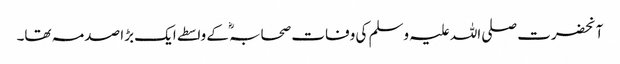
آنحضرت صلی اللہ علیہ وسلم کی وفات صحابہؓ کے واسطے ایک بڑا صدمہ تھا۔